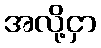
အလို့ငှာ